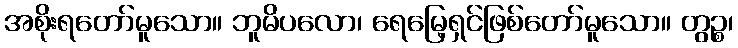
အစိုးရတော်မူသော။ ဘူမိပလော၊ ရေမြေ့ရှင်ဖြစ်တော်မူသော။ တွဉ္စ၊